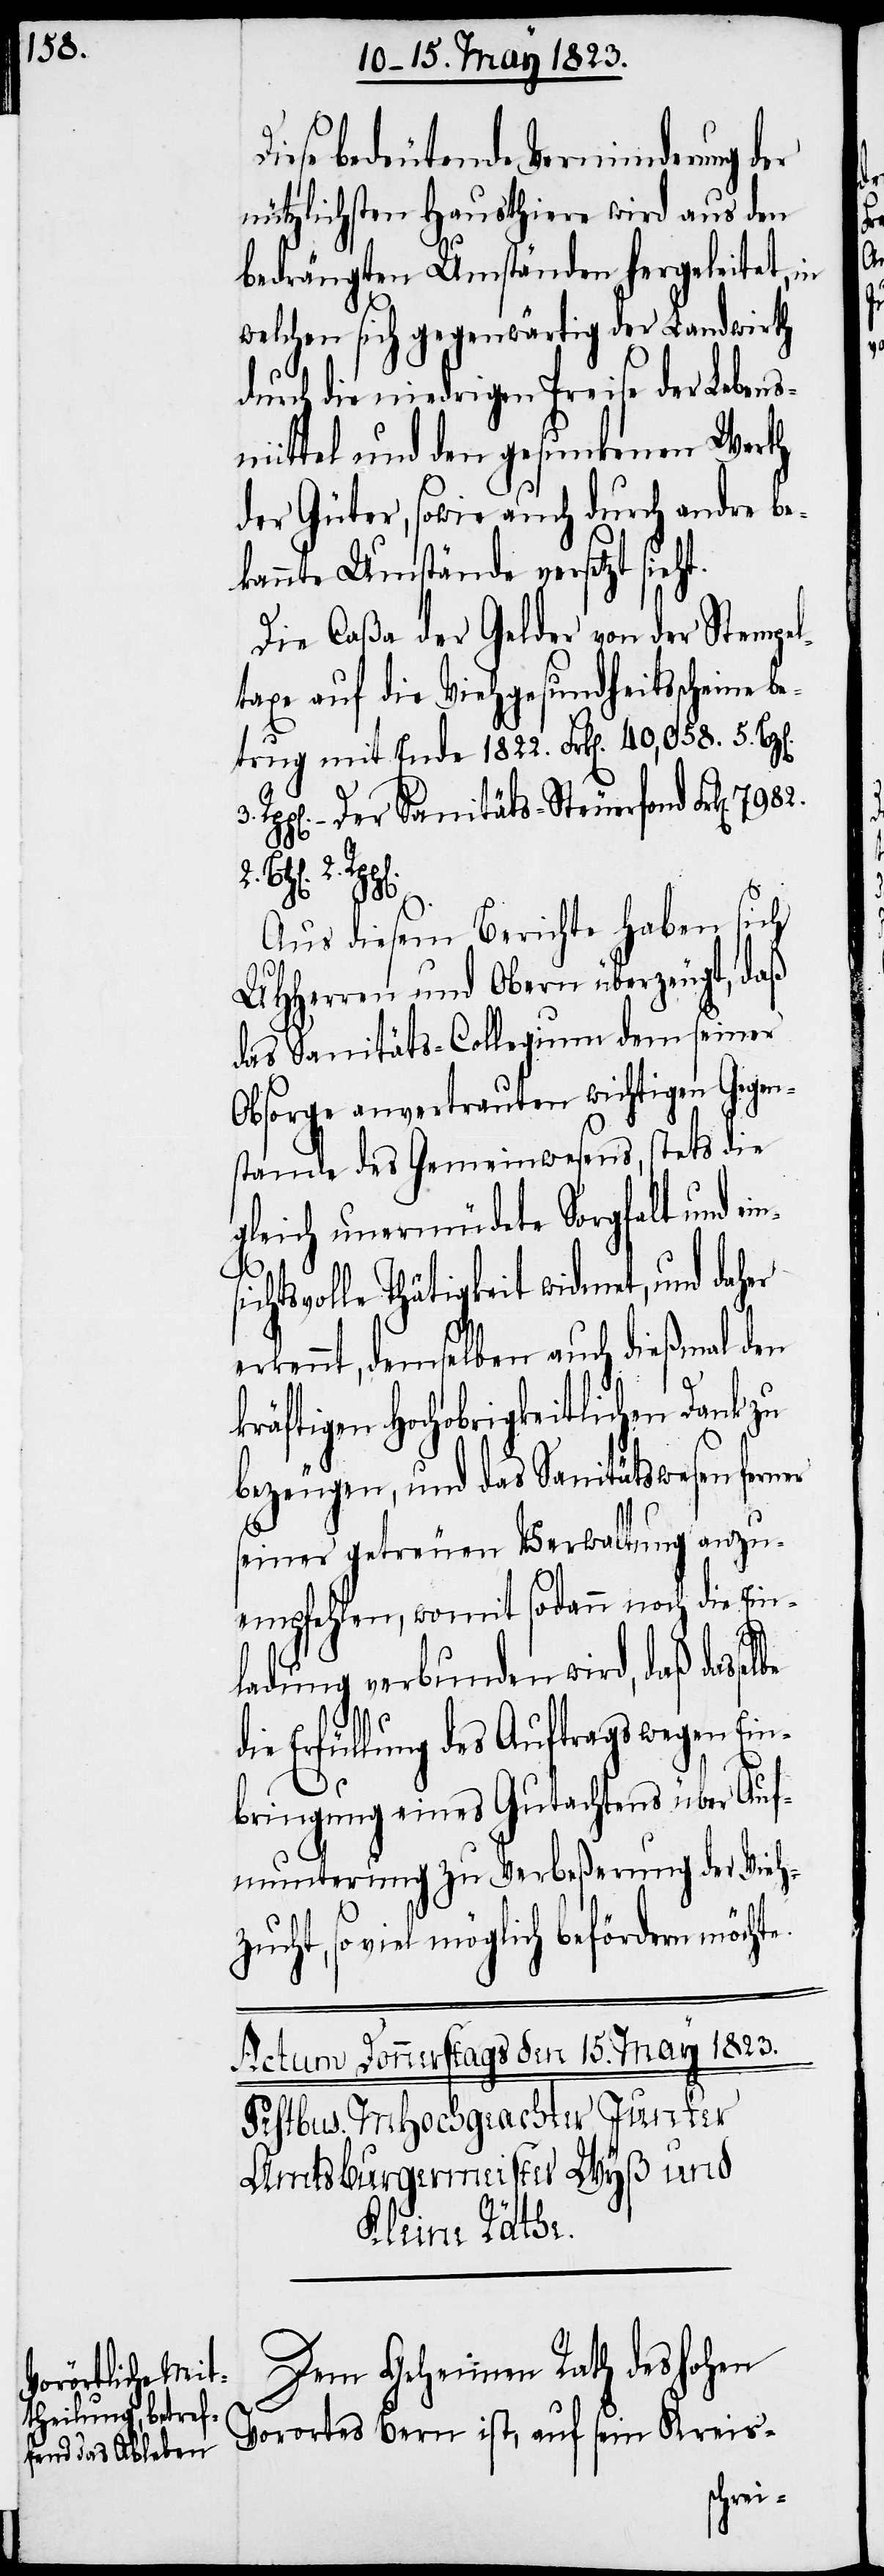
Diese bedeutende Verminderung der
nützlichsten Hausthiere wird aus den
bedrängten Umständen hergeleitet, in
welchen sich gegenwärtig der Landwirth
durch die niedrigen Preise der Lebens¬
mittel und den gesunkenen Werth
der Güter, sowie auch durch andre be¬
kannte Umstände versetzt sie¬
Die Caßa der Gelder von der Stempel¬
taxe auf die Viehgesundheitsscheine b¬
etrug mit Ende 1822. Frk[en]. 40,058. 5.
– Der Sanitäts-Steuerfond Frk[en].
selbe die
Aus diesem Berichte haben sich
UHHerren und Obern überzeugt, daß
das Sanitäts-Collegium dem seiner
Obsorge anvertrauten wichtigen Gegen¬
stande des Gemeinwesens, stets die
gleich unermüdete Sorgfalt und e¬
ichtsvolle Thätigkeit widmet, und daher
erkennt, demselben auch dießmal den
3.
kräftigen Hochobrigkeitlichen Dank zu
bezeugen, und das Sanitätswesen ferner
seiner getreuen Verwaltung anzu¬
empfehlen, womit sodann noch die Ein¬
ins¬
ladung verbunden wird, daß das¬
Erfüllung des Auftrags wegen Ein¬
bringung eines Gutachtens über Auf¬
munterung zu Verbeßerung der Vieh¬
zucht, so viel möglich befördern möchte.
Dem Geheimen Rath des hohen
Vorortes Bern ist, auf sein Kreis-